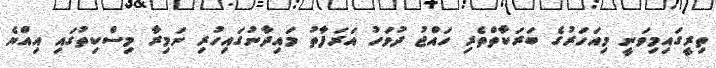
ތިރީގައިމިވަނީ މިއަހަރުގެ ބަރަކާތްތެރި ހައްޖު ދުވަހު އަރަފާތު މައިދާނުގައިހުރި ނަމިރާ މިސްކިތުގައި އިއްޔެ